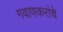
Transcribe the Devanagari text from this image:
गवाणकरांचे